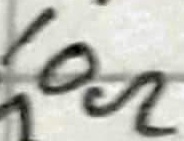
Text: 10Ω